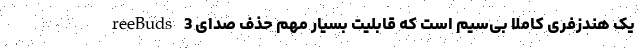
reeBuds 3 یک هندزفری کاملا بی‌سیم است که قابلیت بسیار مهم حذف صدای